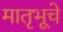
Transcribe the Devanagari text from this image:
मातृभूचे